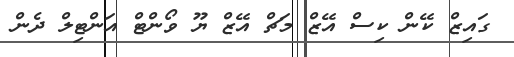
ގައިޒް ކޭން ކިސް އޭޒް މަޗް އޭޒް ޔޫ ވޯންޓް އަންޓިލް ދެން